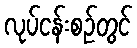
လုပ်ငန်းစဉ်တွင်